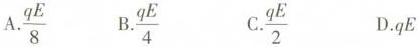
A.\frac{qE}{8} B.\frac{qE}{4} C.\frac{qE}{2} D.qE